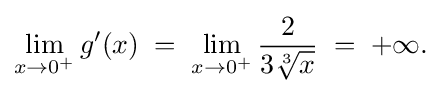
\lim _{x\to 0^{+}}g'(x)\;=\;\lim _{x\to 0^{+}}{\frac {2}{3{\sqrt[{3}]{x}}}}\;=\;{+\infty }{\text{.}}